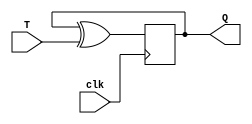
module TFlipFlop(T, clk, Q);
  input T, clk;
  output reg Q;
  
  initial
  Q = 1;
  
  always @ (posedge clk)
  begin
      Q = Q^T;
      //as if T = 0, Q = Q but if T = 1, if Q = 0 then it becomes 1 and if Q = 1 then 1XOR1 = 0
  end
  
endmodule